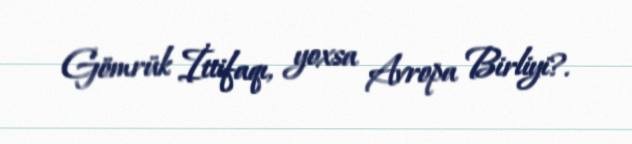
Gömrük İttifaqı, yoxsa Avropa Birliyi?.